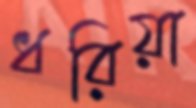
ধরিয়া